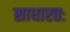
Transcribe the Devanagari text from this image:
साधारतः